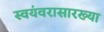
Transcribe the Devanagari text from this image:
स्वयंवरासारख्या